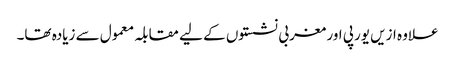
علاوہ ازیں یورپی اور مغربی نشستوں کے لیے مقابلہ معمول سے زیادہ تھا۔